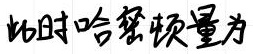
此时哈密顿量为